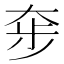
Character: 𡘧